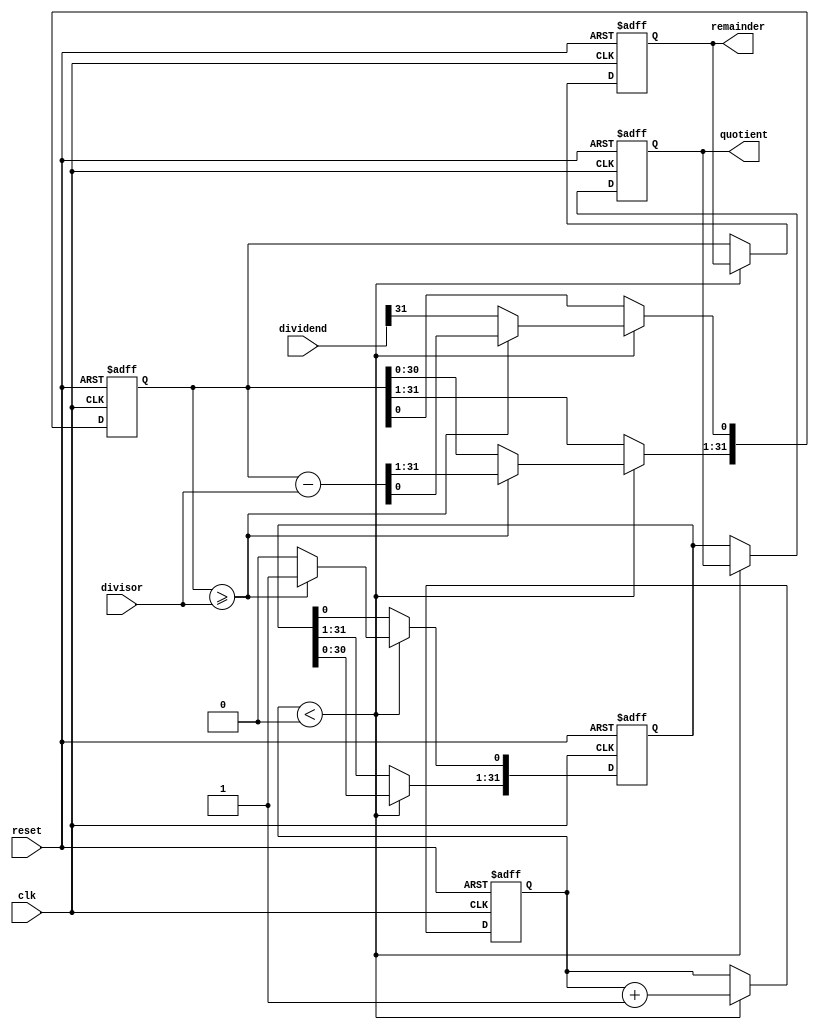
module Restoring_Divider (
    input wire clk,
    input wire reset,
    input wire [31:0] dividend,
    input wire [31:0] divisor,
    output reg [31:0] quotient,
    output reg [31:0] remainder
);

// Define internal signals
reg [31:0] partial_quotient;
reg [31:0] temp_remainder;
reg [4:0] shift_count;

always @(posedge clk or posedge reset) begin
    if (reset) begin
        partial_quotient <= 32'b0;
        temp_remainder <= 32'd0;
        shift_count <= 5'd0;
        quotient <= 32'd0;
        remainder <= 32'd0;
    end else begin
        if (shift_count < 5'd32) begin
            temp_remainder <= temp_remainder << 1;
            temp_remainder[0] <= dividend[31];
            partial_quotient <= partial_quotient << 1;
            if (temp_remainder >= divisor) begin
                temp_remainder <= temp_remainder - divisor;
                partial_quotient[0] <= 1;
            end else begin
                partial_quotient[0] <= 0;
            end
            shift_count <= shift_count + 1;
        end else begin
            quotient <= partial_quotient;
            remainder <= temp_remainder;
        end
    end
end

endmodule